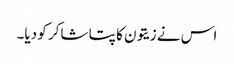
اس نے زیتون کا پتا شاکر کو دیا۔